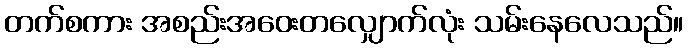
တက်စကား အစည်းအဝေးတလျှောက်လုံး သမ်းနေလေသည်။